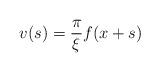
LaTeX: \begin{align*}v(s)=\frac{\pi}{\xi}f(x+s)\end{align*}